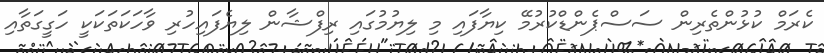
ކެރަމް ކުޅުންތެރިން ސަސްޕެންޑްކުރުމޭ ކިޔާފައި މި ލިޔުމުގައި ރިފްޝާން ލިޔެފައިހުރި ވާހަކަތަކަކީ ހަގީގަތާއި